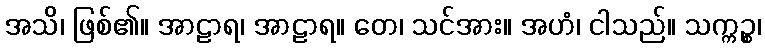
အသိ၊ ဖြစ်၏။ အာဠာရ၊ အာဠာရ။ တေ၊ သင်အား။ အဟံ၊ ငါသည်။ သက္ကဉ္စ၊